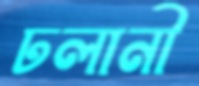
ঢলানী